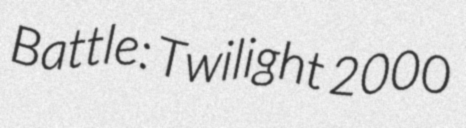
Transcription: Battle: Twilight 2000